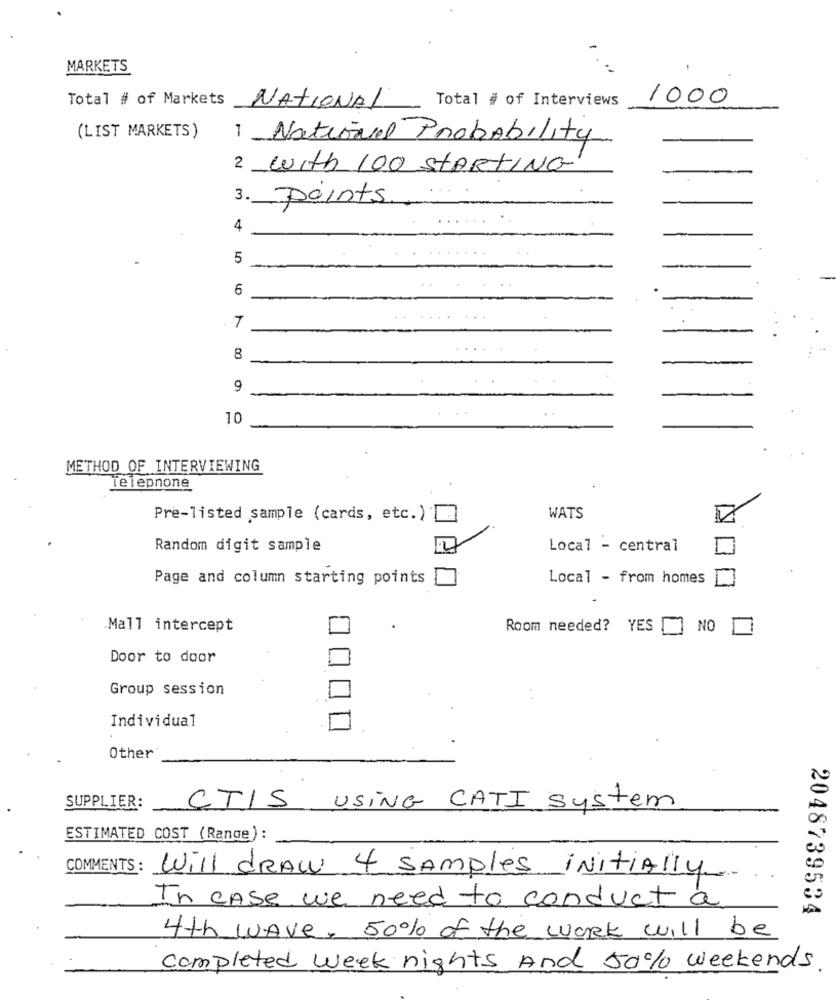
MARKETS
Total # of Markets
Total # of Interviews
1000
NATIONAL
(LIST MARKETS)
1 National Probability
2 With 100 STARTING
3.
points
4
5
6
8
9
10
METHOD OF INTERVIEWING
Telepnone
Pre-listed sample (cards, etc.)
WATS
Random digit sample
2
Local - central
Page and column starting points
Local - from homes
Mall intercept
Room needed? YES
NO
Door to door
Group session
Individual
Other
SUPPLIER:
CTIS USING CATI system
ESTIMATED COST ( Range):
COMMENTS: Will draw 4 samples initially
In case we need to conduct a
2048739534
4th wAve, 50% of the work will be
completed week nights And 50% weekends